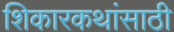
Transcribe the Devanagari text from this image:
शिकारकथांसाठी